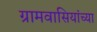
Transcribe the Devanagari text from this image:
ग्रामवासियांच्या